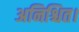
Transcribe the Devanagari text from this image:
अनिश्चित।